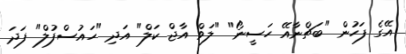
އޭގެ ފަހުން "ބަޗްނާއޭ ހަސީނޯ" "ލަވް އާޖް ކަލް" އަދި "ހައުސްފުލް" ފަދަ